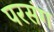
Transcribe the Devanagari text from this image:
परसंग